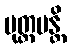
မုတ္တမန္တိ